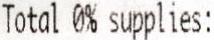
TOTAL 0% SUPPLIES: